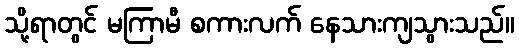
သို့ရာတွင် မကြာမီ စကားလက် နေသားကျသွားသည်။